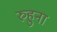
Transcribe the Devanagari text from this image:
रुहुना